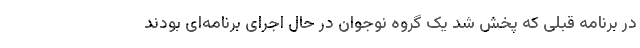
در برنامه قبلی که پخش شد یک گروه نوجوان در حال اجرای برنامه‌ای بودند